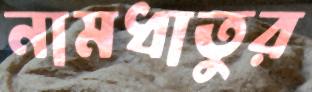
নামধাতুর